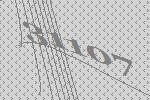
31107